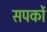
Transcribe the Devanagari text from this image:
सपर्को